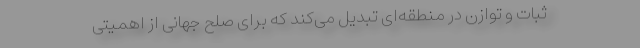
ثبات و توازن در منطقه‌ای تبدیل می‌کند که برای صلح جهانی از اهمیتی